Vaccine operations Central Provinces 1900-1911 - 1900-1911
Year: 1900
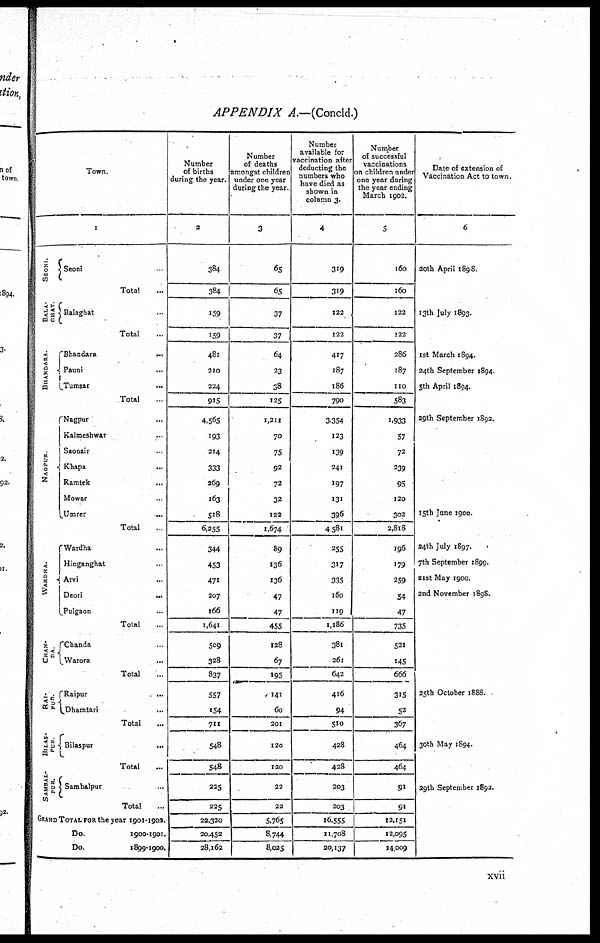
APPENDIX A.—(Concld.)
Town.
1
SEONI.
BALA¬
GHAT.
BHANDARA.
NAGPUR
WARDHA.
CHAN¬
DA.
RAI¬
PUR.
BILAS¬
PUR.
SAMBAL¬
PUR.
Seoni
Total ...
Balaghat ...
Total ...
Bhandara
...
Pauni ...
Tumsar
...
Total ...
Nagpur ...
Kalmeshwar ...
Saonair ...
Khapa
...
Ramtek
...
Mowar ...
Umrer
...
Total ...
Wardha ...
Hinganghat ...
Arvi ...
Deori
...
Pulgaon ...
Total ...
Chanda ...
Warora
...
Total ...
Raipur
...
Dhamtari ...
Total ...
Bilaspur
...
Total ...
Sambalpur ...
Total ...
GRAND TOTAL FOR the year 1901-1902.
Do.
1900-1901.
Do.
1899-1900.
Number
of births
during the year.
2
384
384
159
159
481
210
224
915
4,565
193
214
333
269
163
518
6,255
344
453
471
207
166
1,641
509
328
837
557
154
711
548
548
225
225
22,320
20,452
28,162
Number
of deaths
amongst children
under one year
during the year.
3
65
65
37
37
64
23
38
125
1,211
70
75
92
72
32
122
1,674
89
136
136
47
47
455
128
67
195
141
60
201
120
120
22
22
5,765
8,744
8,025
Number
available for
vaccination after
deducting the
numbers who
have died as
shown in
column 3.
4
319
319
122
122
417
187
186
790
3,354
123
139
241
197
131
396
4,581
255
317
335
160
119
1,186
381
261
642
416
94
510
428
428
203
203
16,555
11,708
20,137
Number
of successful
vaccinations
on children under
one year during
the year ending
March 1902.
5
160
160
122
122
286
187
110
583
1,933
57
72
239
95
120
302
2,818
196
179
259
54
47
735
521
145
666
315
52
367
464
464
91
91
12,151
12,095
14,009
Date of extension of
Vaccination Act to town.
6
20th April 1898.
13th July 1893.
1st March 1894.
24th September 1894.
5th April 1894.
29th September 1892.
15th June 1900.
24th July 1897.
7th September 1899.
21st May 1900.
2nd November 1898.
25th October 1888.
30th May 1894.
29th September 1892.
xvii